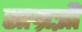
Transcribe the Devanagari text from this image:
साम्रज्ञी